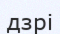
дзрі